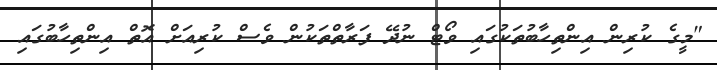
"މީގެ ކުރިން އިންތިހާބުތަކުގައި ވޯޓް ނުދޭ ފަރާތްތަކުން ވެސް ކުރިއަށް އޮތް އިންތިހާބުގައި